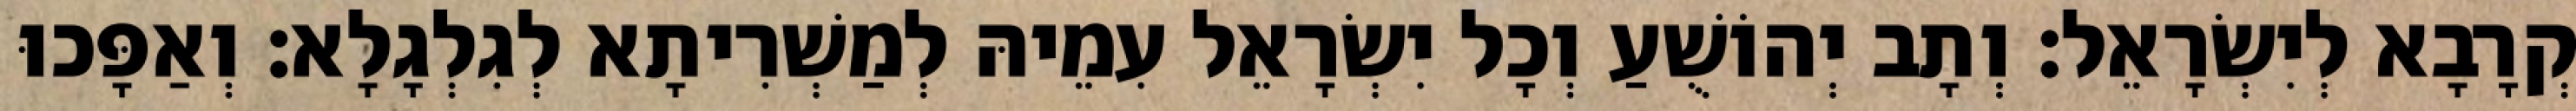
קְרָבָא לְיִשְׂרָאֵל׃ וְתָב יְהוֹשֻׁעַ וְכָל יִשְׂרָאֵל עִמֵיהּ לְמַשְׁרִיתָא לְגִלְגָלָא׃ וְאַפָּכוּ